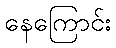
နေကြောင်း